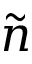
\tilde { n }